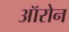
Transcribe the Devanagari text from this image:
ऑरोन